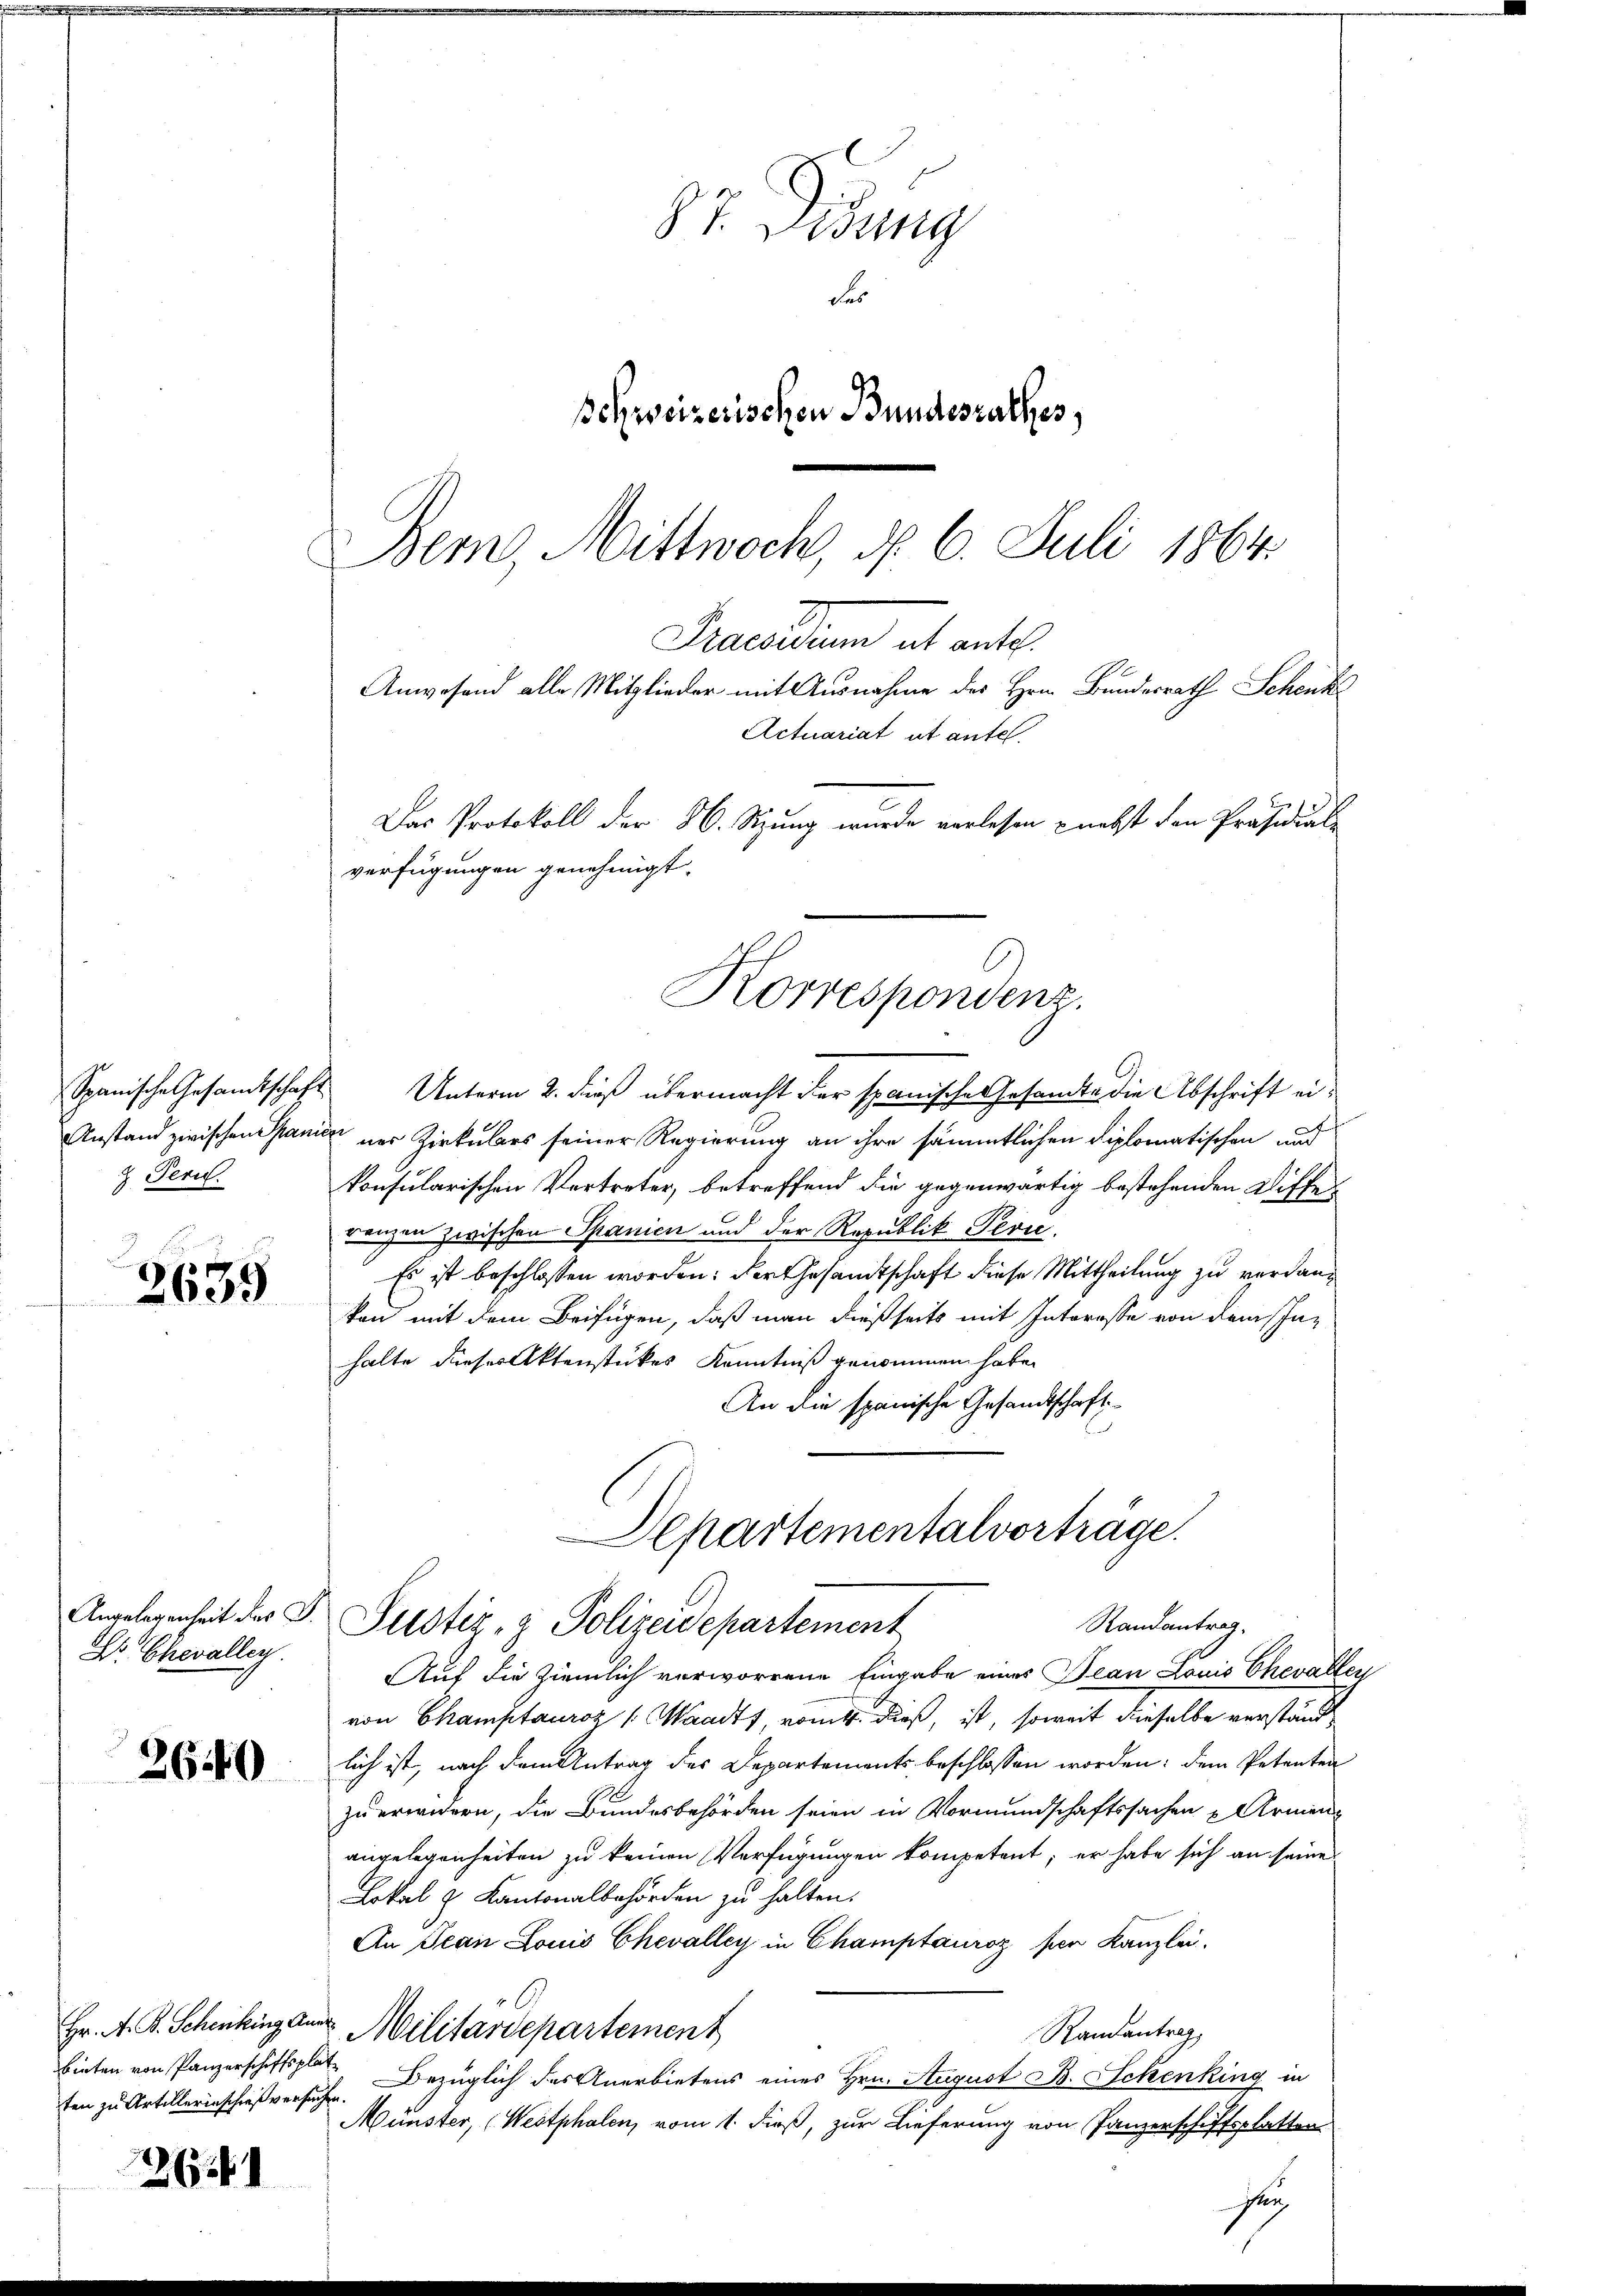
Pern.

2639

Dr. Chevalley

2640

ten zu Artillerinschieße ersuchen.

26

87. Denung
des
schweizerischen Bundesrathes,

Bern, Mittwoch, d. 6. Juli 1864.
Praesidium ab ante
Anwesend alle Mitglieder mit Ausnahme des Hrn. Bundesrath Schenk
Actuariat et anfe
Das Protokoll der 26. Sitzung wurde verlesen nebst den Präsidial-
verfügungen genehmigt.
Korrespondenz.

Spanische Gesamtschaft Unterm 2. dieß übermacht der spanische Gesandte die Abschrift ei¬
Anstand zwischen Spanier ner Zirkulars seiner Regierung an ihre sämmtlichen Diplomatischen und
konsularischen Vertreter, betreffend die gegenwärtig bestehenden Diffen
benzen zwischen Spanien und der Republik Pevi.
Es ist beschlossen worden; der Gesamtschaft diese Mittheilung zu verdankon mit dem Beifügen, daß man dießseits mit Interosse von dem Inhalte dieses Aktenstückes Kenntniß genommen habe.
An die spanische Gesandtschaft
Departementalvorträge.
Angelegenheit des S. Pustiz- & Polizeidepartement
Randantrag,
Auf die Ziemlich vorworrene Eingabe eines Jean Louis Chevallen
von Champtauraz (Waadt, womit dieß, ist, soweit dieselbe verständlich ist, nach dem Antrag des Departements beschlossen worden: dem Petenten
zu erwidern, die Bundesbehörden seien in Vormundschaftssachen & Armenangelegenheiten zu keinen Verfügungen kompetent; er habe sich an seine
Lokal 2 Kantonalbehörden zu halten.
An Jean Louis Chevalley in Champtauroz per Kanzlei.
Hr. A. B. Schenking an Militärdepartement
Randantrag,
bieten von Panzerschiffs Bezüglich des Anerbietens eines Hrn. August B. Schenking in
Münster, (Westphalen, vom 1. dieß, zur Lieferung von Panzerschiffsplatten

seÿ